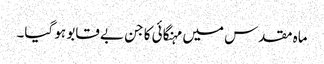
ماہ مقدس میں مہنگائی کا جن بے قابو ہو گیا۔